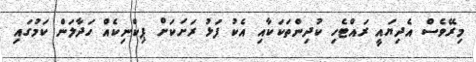
މިރޭވެސް އެދިޔައީ ރައްޓެހި ކުދިންތަކަކާއި އެކު ފަޅު ރަށަކަށް ޕިކްނިކެއް ހަދާލަން ކަމުގައި